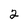
Character: 2